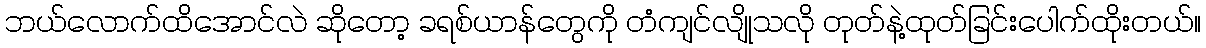
ဘယ်လောက်ထိအောင်လဲ ဆိုတော့ ခရစ်ယာန်တွေကို တံကျင်လျိုသလို တုတ်နဲ့ထုတ်ခြင်းပေါက်ထိုးတယ်။